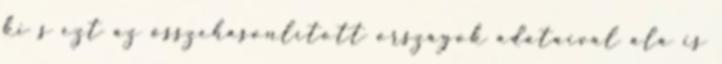
ki s ezt az összehasonlított országok adataival alá is